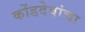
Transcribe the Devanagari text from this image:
कोंडदेवांचा